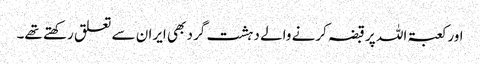
اور کعبۃ اللہ پر قبضہ کرنے والے دہشت گرد بھی ایران سے تعلق رکھتے تھے۔